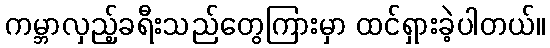
ကမ္ဘာလှည့်ခရီးသည်တွေကြားမှာ ထင်ရှားခဲ့ပါတယ်။